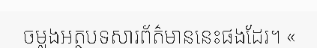
ចម្លងអត្ថបទសារព័ត៌មាននេះផងដែរ។ «